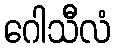
ဂေါသီလံ